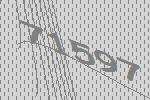
71597